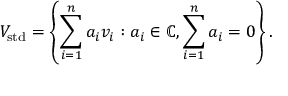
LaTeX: V _ { \mathrm { s t d } } = \left\{ \sum _ { i = 1 } ^ { n } a _ { i } v _ { i } : a _ { i } \in \mathbb { C } , \sum _ { i = 1 } ^ { n } a _ { i } = 0 \right\} .